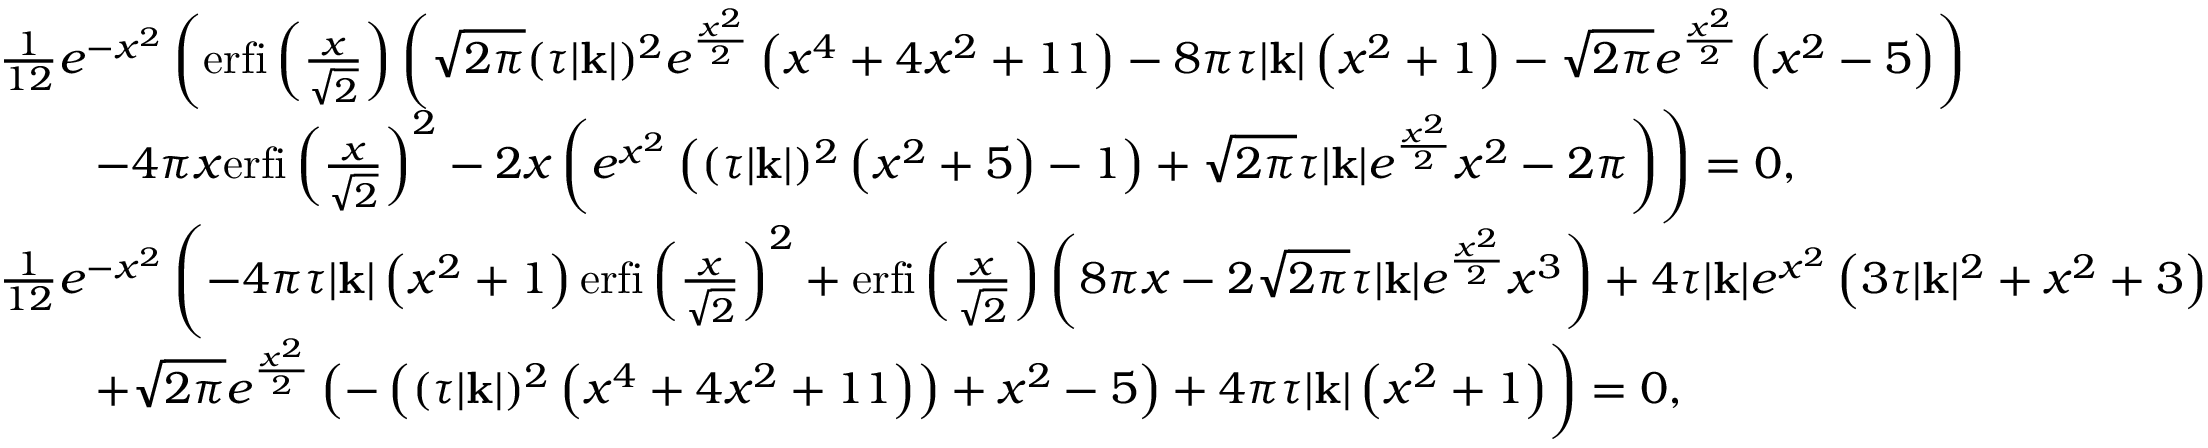
\begin{array} { r l } & { \frac { 1 } { 1 2 } e ^ { - x ^ { 2 } } \left( \mathrm { e r f i } \left( \frac { x } { \sqrt { 2 } } \right) \left( \sqrt { 2 \pi } ( \tau | \mathbf { k } | ) ^ { 2 } e ^ { \frac { x ^ { 2 } } { 2 } } \left( x ^ { 4 } + 4 x ^ { 2 } + 1 1 \right) - 8 \pi \tau | \mathbf { k } | \left( x ^ { 2 } + 1 \right) - \sqrt { 2 \pi } e ^ { \frac { x ^ { 2 } } { 2 } } \left( x ^ { 2 } - 5 \right) \right) \right. } \\ & { \qquad \left. - 4 \pi x \mathrm { e r f i } \left( \frac { x } { \sqrt { 2 } } \right) ^ { 2 } - 2 x \left( e ^ { x ^ { 2 } } \left( ( \tau | \mathbf { k } | ) ^ { 2 } \left( x ^ { 2 } + 5 \right) - 1 \right) + \sqrt { 2 \pi } \tau | \mathbf { k } | e ^ { \frac { x ^ { 2 } } { 2 } } x ^ { 2 } - 2 \pi \right) \right) = 0 , } \\ & { \frac { 1 } { 1 2 } e ^ { - x ^ { 2 } } \left( - 4 \pi \tau | \mathbf { k } | \left( x ^ { 2 } + 1 \right) \mathrm { e r f i } \left( \frac { x } { \sqrt { 2 } } \right) ^ { 2 } + \mathrm { e r f i } \left( \frac { x } { \sqrt { 2 } } \right) \left( 8 \pi x - 2 \sqrt { 2 \pi } \tau | \mathbf { k } | e ^ { \frac { x ^ { 2 } } { 2 } } x ^ { 3 } \right) + 4 \tau | \mathbf { k } | e ^ { x ^ { 2 } } \left( 3 \tau | \mathbf { k } | ^ { 2 } + x ^ { 2 } + 3 \right) \right. } \\ & { \qquad \left. + \sqrt { 2 \pi } e ^ { \frac { x ^ { 2 } } { 2 } } \left( - \left( ( \tau | \mathbf { k } | ) ^ { 2 } \left( x ^ { 4 } + 4 x ^ { 2 } + 1 1 \right) \right) + x ^ { 2 } - 5 \right) + 4 \pi \tau | \mathbf { k } | \left( x ^ { 2 } + 1 \right) \right) = 0 , } \end{array}